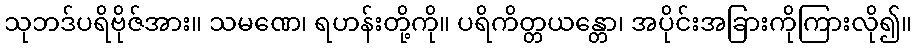
သုဘဒ်ပရိဗိုဇ်အား။ သမဏေ၊ ရဟန်းတို့ကို။ ပရိကိတ္တယန္တော၊ အပိုင်းအခြားကိုကြားလို၍။